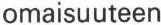
omaisuuteen